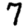
Digit: 7